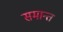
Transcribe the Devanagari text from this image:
समान्त